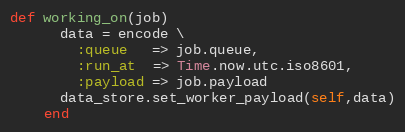
Language: Ruby
def working_on(job)
      data = encode \
        :queue   => job.queue,
        :run_at  => Time.now.utc.iso8601,
        :payload => job.payload
      data_store.set_worker_payload(self,data)
    end